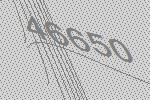
46650